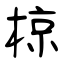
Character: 椋